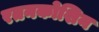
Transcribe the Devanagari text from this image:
रतनकोशिन